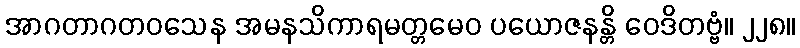
အာဂတာဂတဝသေန အမနသိကာရမတ္တမေဝ ပယောဇနန္တိ ဝေဒိတဗ္ဗံ။ ၂၂၈။